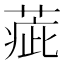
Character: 𦶉